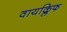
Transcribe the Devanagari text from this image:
वायक्लिफ